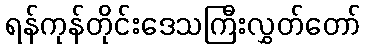
ရန်ကုန်တိုင်းဒေသကြီးလွှတ်တော်